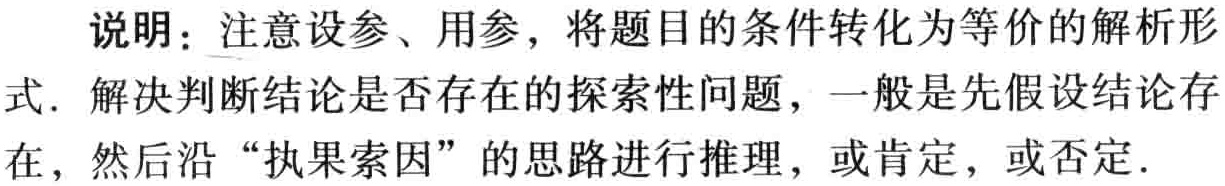
说明：注意设参、用参，将题目的条件转化为等价的解析形式. 解决判断结论是否存在的探索性问题，一般是先假设结论存在，然后沿“执果索因”的思路进行推理，或肯定，或否定.